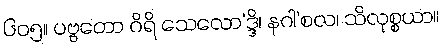
၆၀၅။ ပဗ္ဗတော ဂိရိ သေလော’ဒ္ဒိ၊ နဂါ’စလ၊ သိလုစ္စယာ။